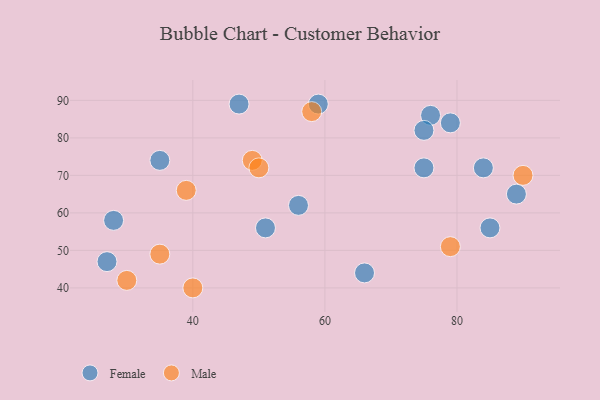
{"axis": {"x": "GDP", "y": "Life Expectancy"}, "legend": ["Female", "Male"], "data": [{"x": "85", "y": 56, "type": "Female"}, {"x": "47", "y": 89, "type": "Female"}, {"x": "89", "y": 65, "type": "Female"}, {"x": "84", "y": 72, "type": "Female"}, {"x": "56", "y": 62, "type": "Female"}, {"x": "76", "y": 86, "type": "Female"}, {"x": "79", "y": 84, "type": "Female"}, {"x": "27", "y": 47, "type": "Female"}, {"x": "75", "y": 82, "type": "Female"}, {"x": "51", "y": 56, "type": "Female"}, {"x": "66", "y": 44, "type": "Female"}, {"x": "28", "y": 58, "type": "Female"}, {"x": "35", "y": 74, "type": "Female"}, {"x": "75", "y": 72, "type": "Female"}, {"x": "59", "y": 89, "type": "Female"}, {"x": "49", "y": 74, "type": "Male"}, {"x": "35", "y": 49, "type": "Male"}, {"x": "50", "y": 72, "type": "Male"}, {"x": "40", "y": 40, "type": "Male"}, {"x": "58", "y": 87, "type": "Male"}, {"x": "79", "y": 51, "type": "Male"}, {"x": "90", "y": 70, "type": "Male"}, {"x": "39", "y": 66, "type": "Male"}, {"x": "30", "y": 42, "type": "Male"}]}